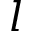
l